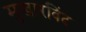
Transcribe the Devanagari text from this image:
मुखारविंद